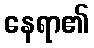
နေရာ၏